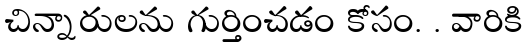
చిన్నారులను గుర్తించడం కోసం. . వారికి